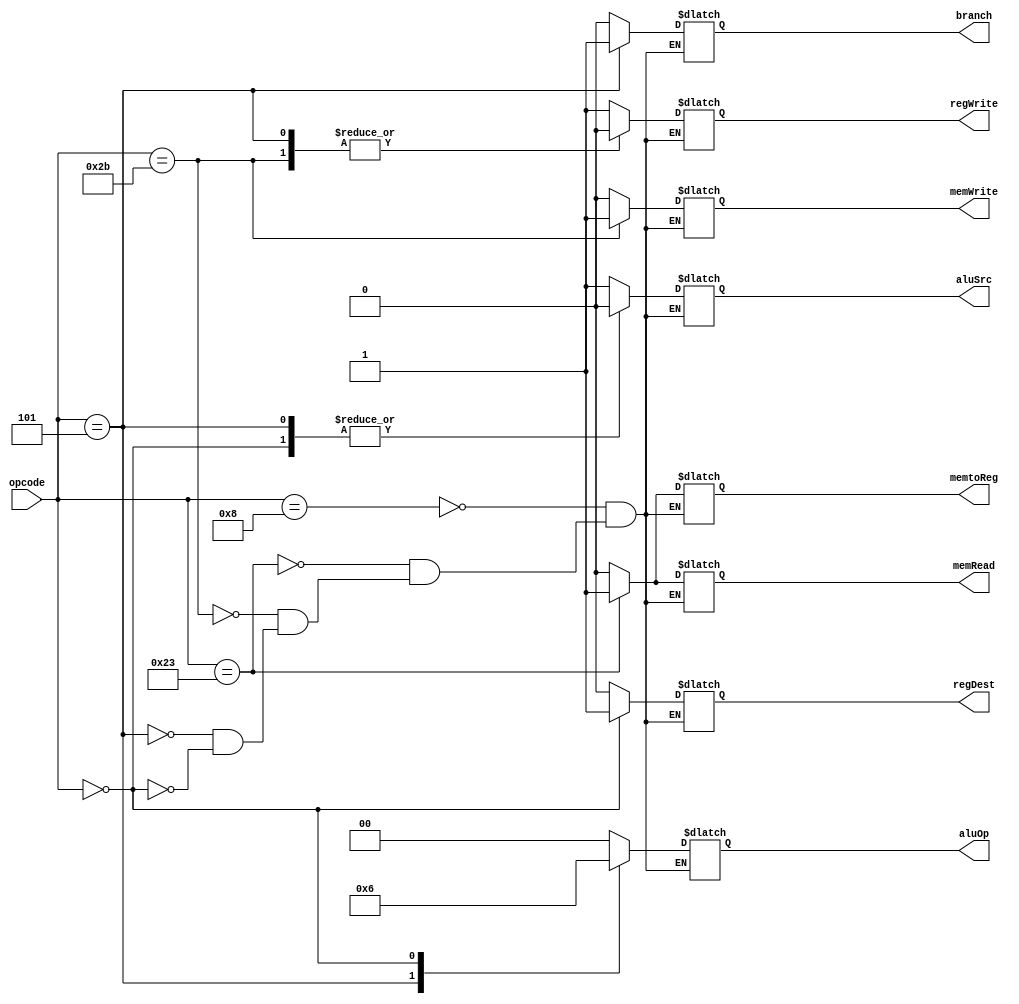


module controlCircuit(input [5:0] opcode, output reg [1:0] aluOp, output reg aluSrc, output reg branch, output reg memWrite, output reg memRead, output reg memtoReg, output reg regDest, output reg regWrite );
  
    always @ (opcode)
    begin 
        case(opcode)
        6'd8: begin 
                aluOp <= 2'b00;
                aluSrc <= 1'b1; 
                branch <= 1'b0;
                memWrite <= 1'b0;
                memRead <= 1'b0;
                memtoReg <= 1'b0;
                regDest <= 1'b0;
                regWrite <= 1'b1;
            end
        6'd35: begin
                aluOp <= 2'b00;
                aluSrc <= 1'b1;
                branch <= 1'b0;
                memWrite <= 1'b0;
                memRead <= 1'b1;
                memtoReg <= 1'b1;
                regDest <= 1'b0;
                regWrite <= 1'b1;
            end
        6'd43: begin
                aluOp <= 2'b00;
                aluSrc <= 1'b1;
                branch <= 1'b0;
                memWrite <= 1'b1;
                memRead <= 1'b0;
                memtoReg <= 1'b0;
                regDest <= 1'b0;
                regWrite <= 1'b0;
            end
            6'd5: begin 
                aluOp <= 2'b01;
                aluSrc <= 1'b0;
                branch <= 1'b1;
                memWrite <= 1'b0;
                memRead <= 1'b0;
                memtoReg <= 1'b0;
                regDest <= 1'b0;
                regWrite <= 1'b0;
            end
            6'd0: begin 
                aluOp <= 2'b10;
                aluSrc <= 1'b0;
                branch <= 1'b0;
                memWrite <= 1'b0;
                memRead <= 1'b0;
                memtoReg <= 1'b0;
                regDest <= 1'b1;
                regWrite <= 1'b1;
            end
        endcase
    end
    
endmodule